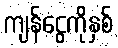
ကျန်ငွေကိုနှစ်